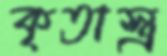
কৃতাস্ত্র